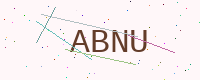
Text: ABNU